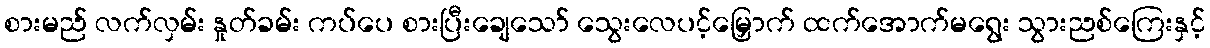
စားမည် လက်လှမ်း နှုတ်ခမ်း ကပ်ပေ စားပြီးချေသော် သွေးလေပင့်မြှောက် ထက်အောက်မရွေး သွားညစ်ကြေးနှင့်